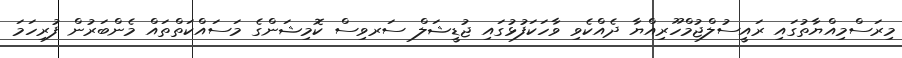
މިރަސްމިއްޔާތުގައި ރައީސުލްޖުމްހޫރިއްޔާ ދެއްކެވި ވާހަކަފުޅުގައި ޖުޑީޝަލް ސަރވިސް ކޮމިޝަންގެ މަސައްކަތްތައް މެންބަރުން ފުރިހަމަ